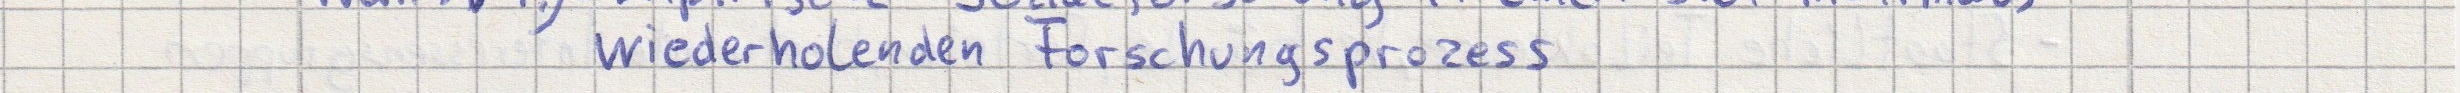
wiederholenden Forschungsprozess